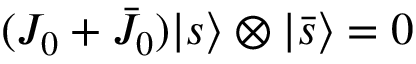
( J _ { 0 } + \bar { J } _ { 0 } ) { \vert { s } \rangle } \otimes { \vert { \bar { s } } \rangle } = 0